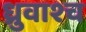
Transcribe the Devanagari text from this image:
ध्रुवाश्च